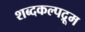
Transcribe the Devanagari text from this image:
शब्दकल्पद्रूम